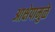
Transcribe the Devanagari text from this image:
आक्षेपामुळे